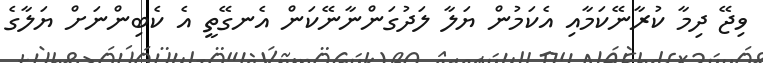
ވިޖޭ ދިމާ ކުރާނޭކަމާއި އެކަމުން ޔަލާ ލަދުގަންނާނޭކަން އެނގޭތީ އެ ކެބިންނަށް ޔަލާގެ